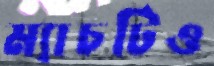
ম্যাচটিও